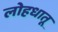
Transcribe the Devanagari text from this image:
लोहधातू